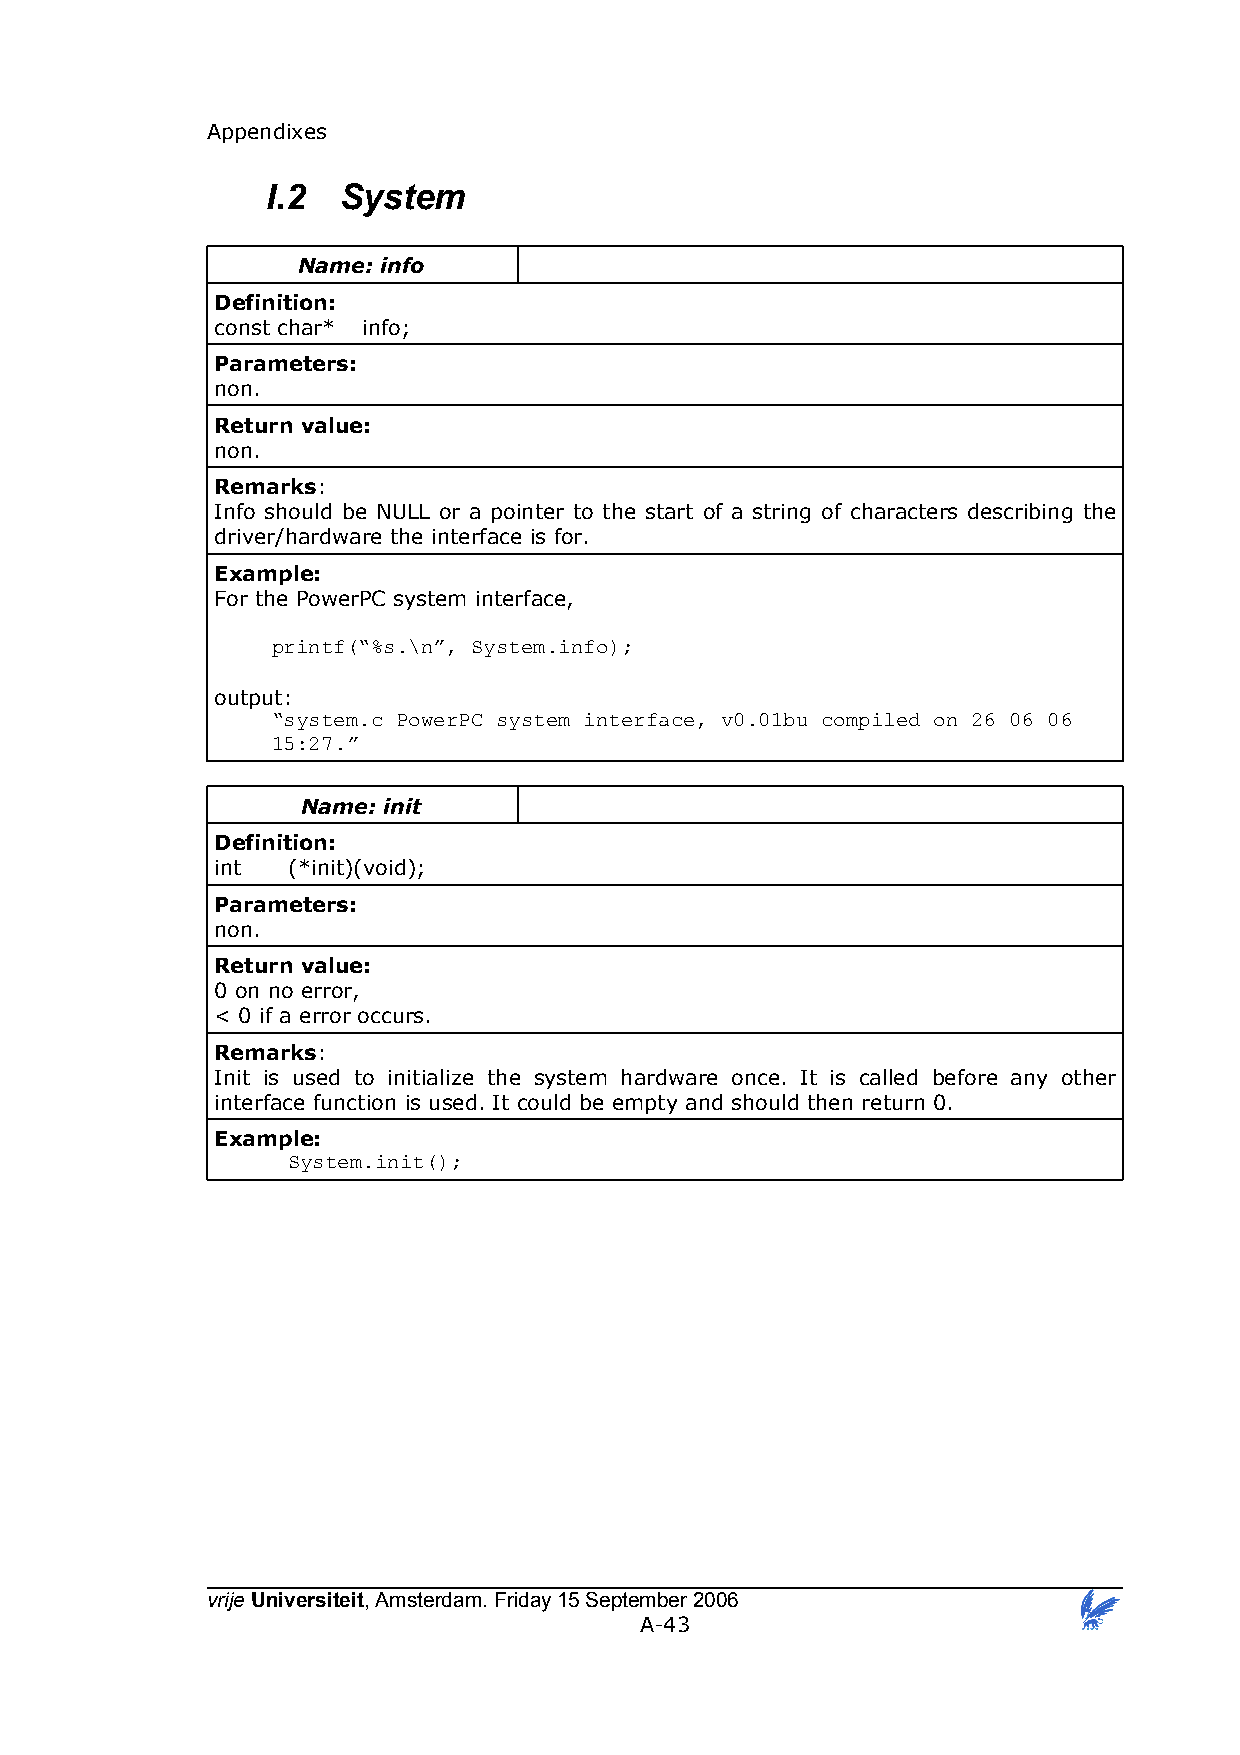
Appendixes
 I.2 System
 Name: info
 Definition:
 const char* info;
 Parameters:
 non.
 Return value:
 non.
 Remarks:
 Info should be NULL or a pointer to the start of a string of characters describing the
 driver/hardware the interface is for.
 Example:
 For the PowerPC system interface,
 printf(“%s.\n”, System.info);
 output:
 “system.c PowerPC system interface, v0.01bu compiled on 26 06 06
 15:27.”
 Name: init
 Definition:
 int  (*init)(void);
 Parameters:
 non.
 Return value:
 0 on no error,
 < 0 if a error occurs.
 Remarks:
 Init is used to initialize the system hardware once. It is called before any other
 interface function is used. It could be empty and should then return 0.
 Example:
 System.init();
 vrije Universiteit, Amsterdam. Friday 15 September 2006
 A-43